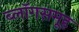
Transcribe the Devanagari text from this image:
ब्लॉगसमूह